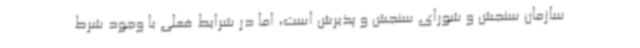
سازمان سنجش و شورای سنجش و پذیرش است، اما در شرایط فعلی با وجود شرط